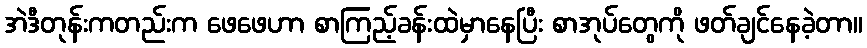
အဲဒီတုန်းကတည်းက ဖေဖေဟာ စာကြည့်ခန်းထဲမှာနေပြီး စာအုပ်တွေကို ဖတ်ချင်နေခဲ့တာ။